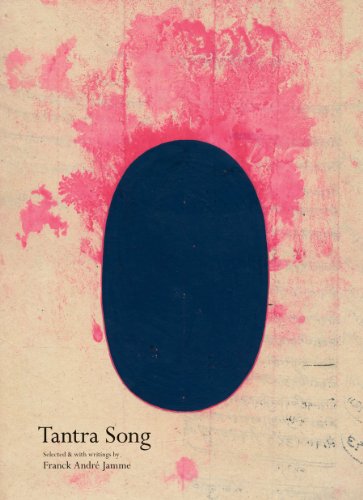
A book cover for Tantra Song: Tantric Painting from Rajasthan; Franck AndrÃ© Jamme; Arts & Photography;